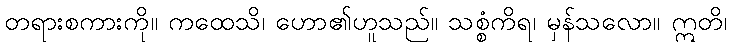
တရားစကားကို။ ကထေသိ၊ ဟော၏ဟူသည်။ သစ္စံကိရ၊ မှန်သလော။ ဣတိ၊